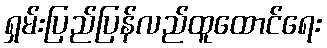
ရှမ်းပြည်ပြန်လည်ထူထောင်ရေး